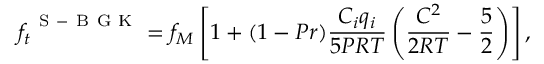
{ { f } _ { t } } ^ { \mathrm { ~ S ~ - ~ B ~ G ~ K ~ } } = { { f } _ { M } } \left[ 1 + ( 1 - P r ) \frac { { { C } _ { i } } { { q } _ { i } } } { 5 P R T } \left( \frac { { { C } ^ { 2 } } } { 2 R T } - \frac { 5 } { 2 } \right) \right] ,